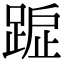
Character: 𨂇